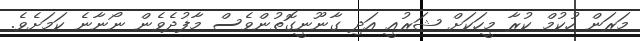
މަރަން ހުކުމް ކުރާ މީހަކަށް ޝަރުއީ އަދި ގާނޫނީގޮތުންވެސް މާފުދެވެން ނޯނާނެ ކަމަށެވެ.